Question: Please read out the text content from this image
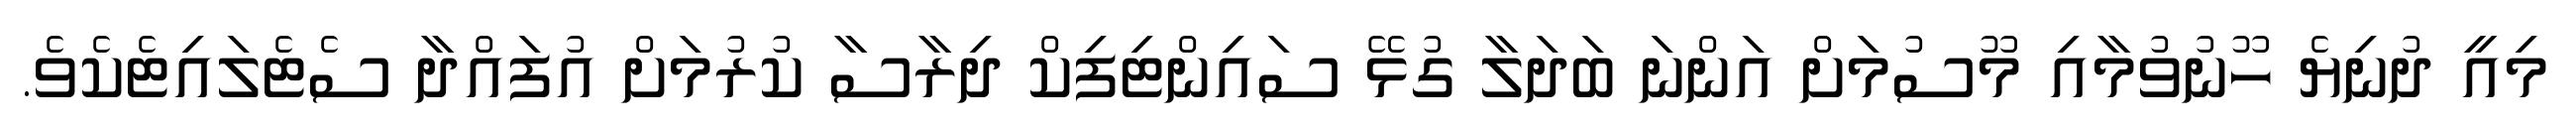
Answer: މިއީ ދުނިޔެ ހޫނުވުމާއި މޫސުމަށް އަންނަ ބަދަލާ ގުޅޭ ސައިންޓިފިކް ދިރާސާ ކުރުމަށް އުފައްދާ ސެޓެލައިޓެކެވެ.